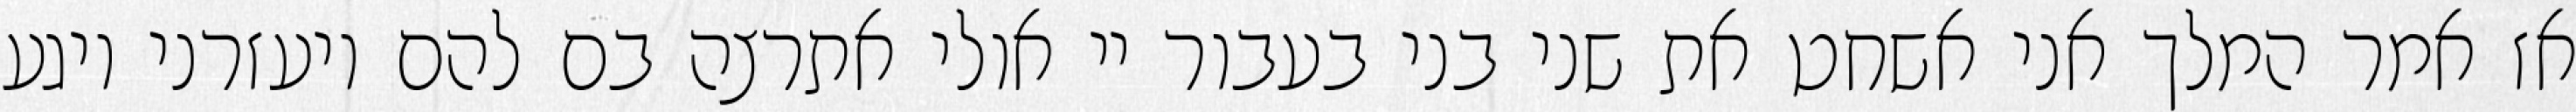
אז אמר המלך אני אשחט את שני בני בעבור יי אולי אתרצה בם להם ויעזרני ויגע